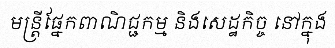
មន្ត្រីផ្នែកពាណិជ្ជកម្ម និងសេដ្ឋកិច្ច នៅក្នុង